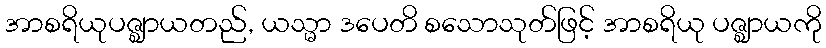
အာစရိယုပဇ္ဈာယတည်, ယသ္မာ ဒပေတိ စသောသုတ်ဖြင့် အာစရိယု ပဇ္ဈာယကို